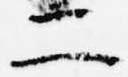
二